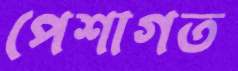
পেশাগত